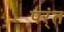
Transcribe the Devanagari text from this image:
पर्ंत